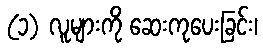
(၁) လူများကို ဆေးကုပေးခြင်း၊